Ridala_vallavalitsus, lk 21
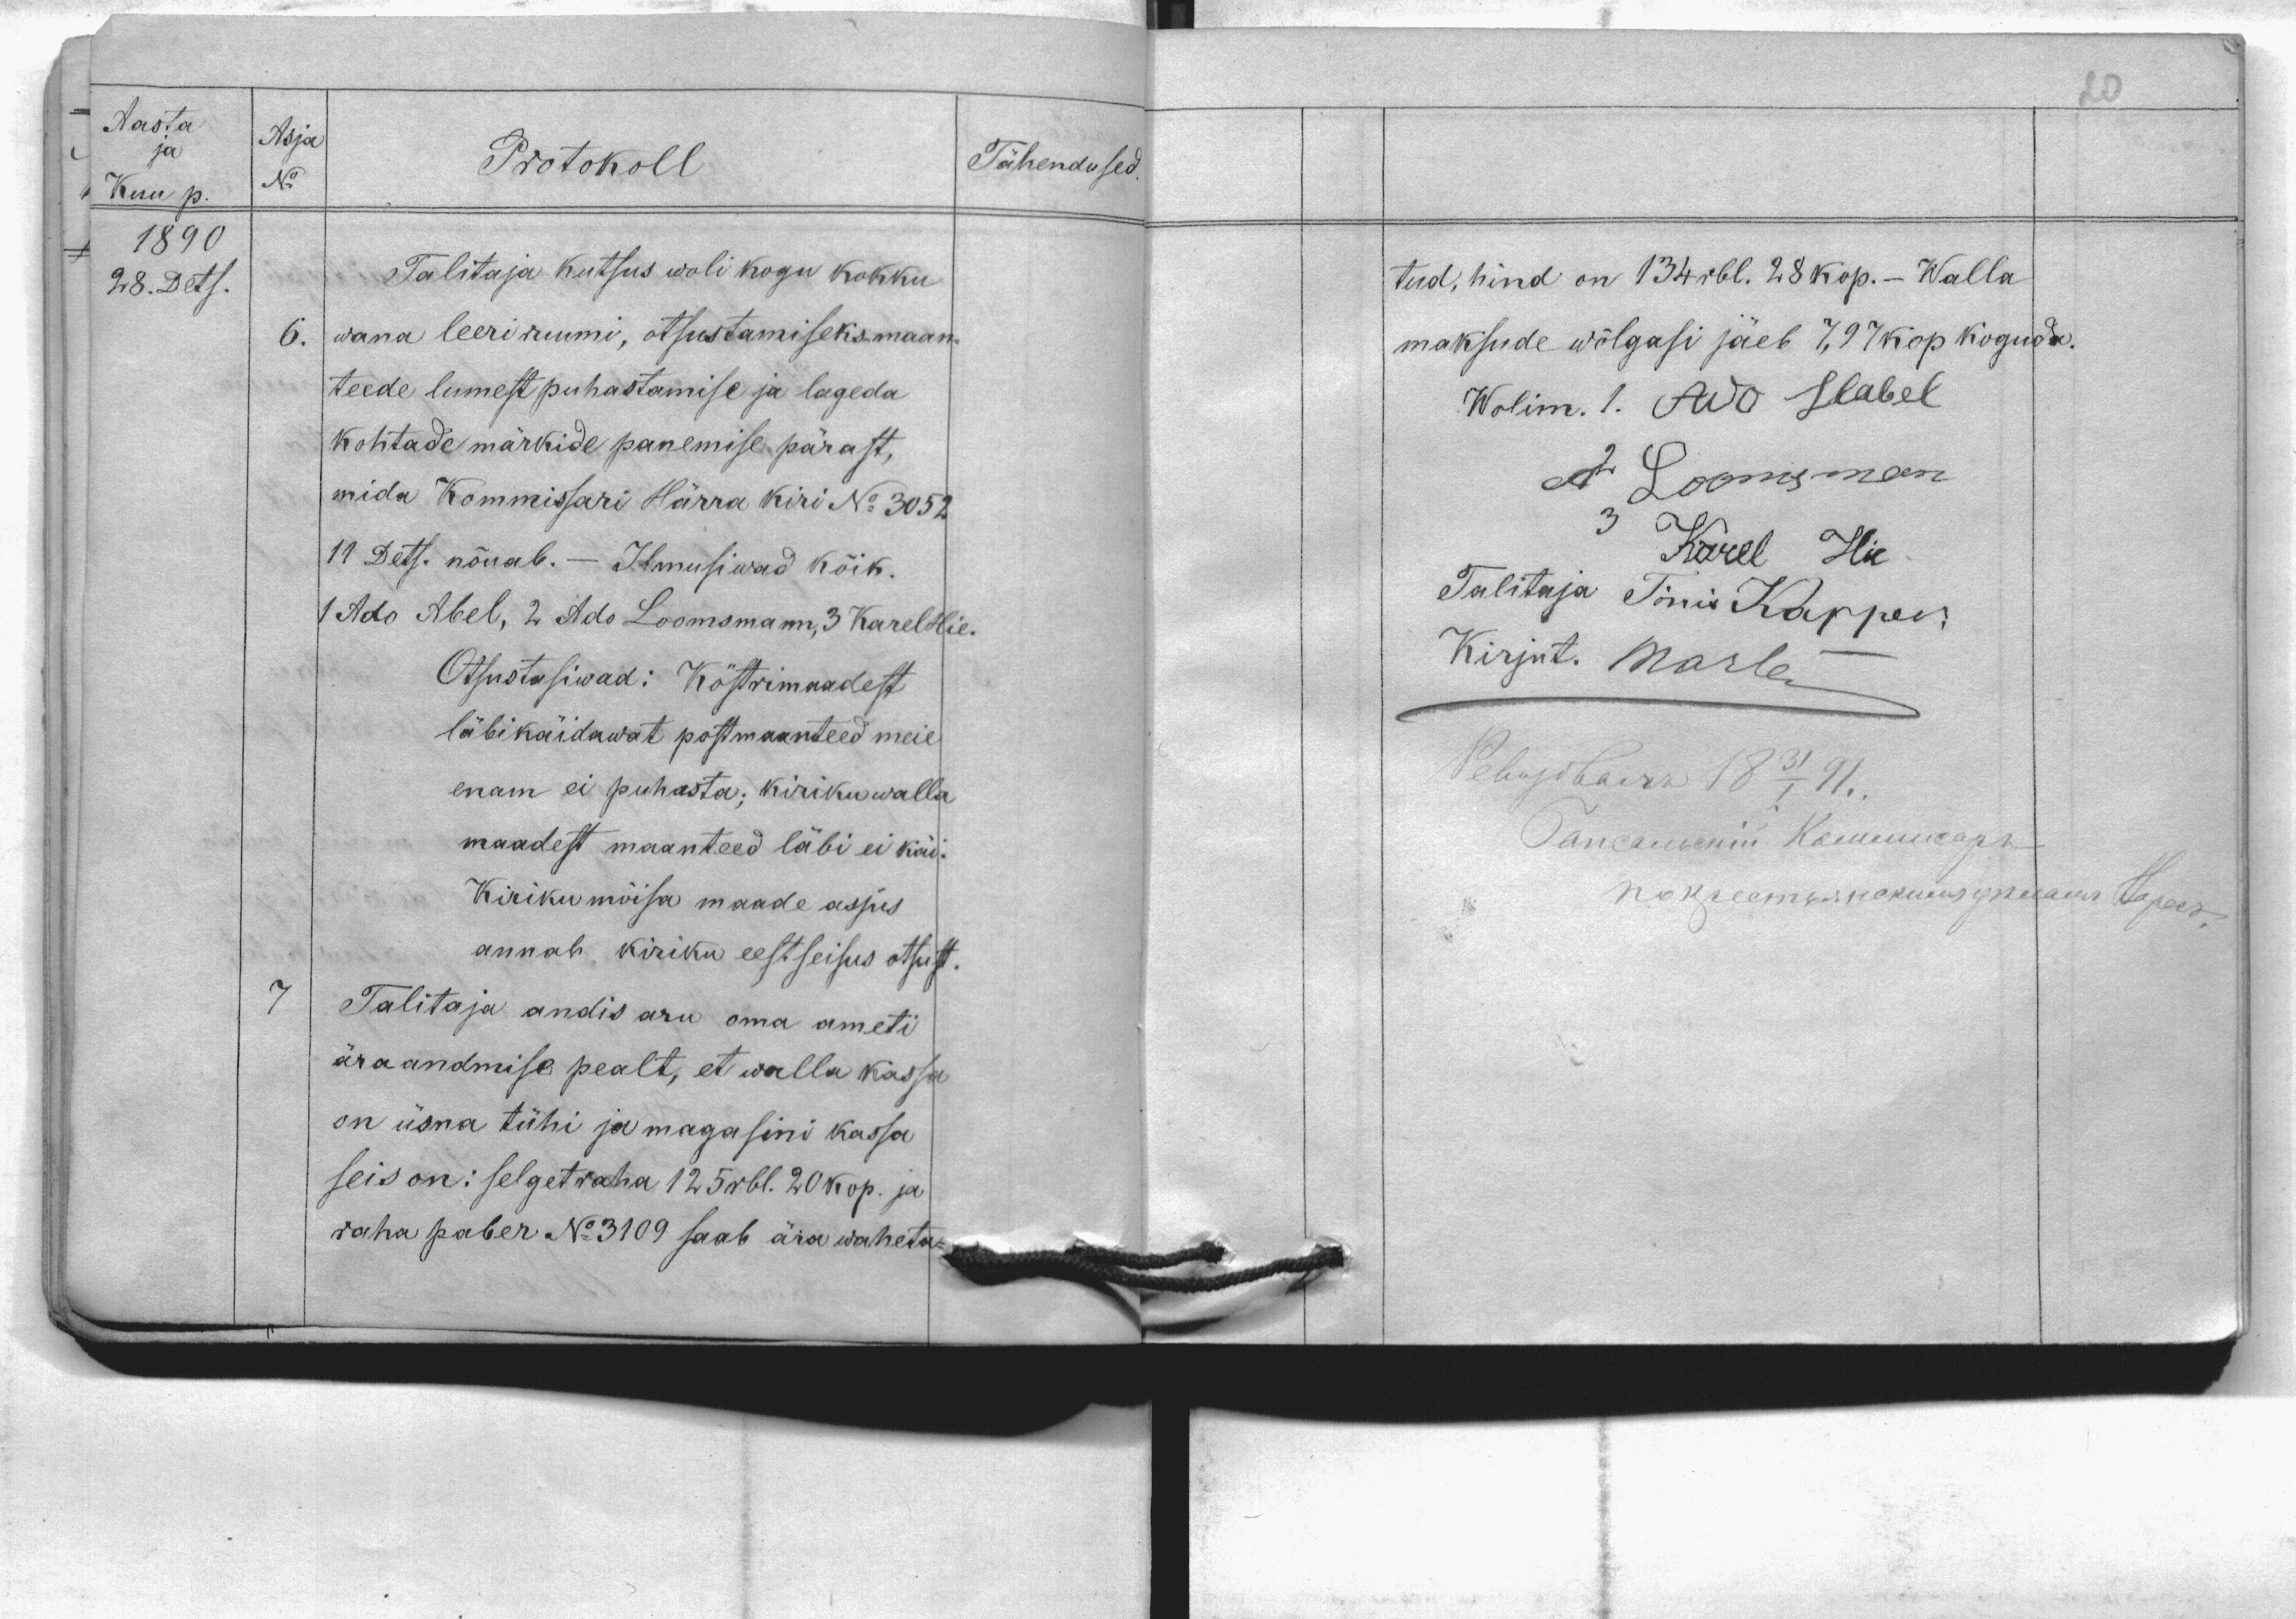
Aasta
ja
Kuu p.
1890
28. Dets.
Asja
Protokoll
No
Talitaja kutsus wolikogu kokku
6. wana leeri ruumi, ptsustamiseks maan-
teede lumest puhastamise ja lageda
kohtade märkide panemise pärast,
mida Komissari Härra kiri No 3052
11 Dets. nõuab. - Ilmusiwad kõik.
1 Ado Abel, 2 Ado Loomsmann, 3 Karel HIe.
Otsustasiwad: Köstrimaadest
läbikäidawat postmaanteed meie
enam ei puhasta; kirikuwalla
maadest maanteed läbi ei käi.
Kiriku mõisa maade asjus
annab kiriku eestseisus otsust.
7 Talitaja andis aru oma ameti
ära andmise pealt, et walla kassa
on üsna tühi ja magasini kassa
seis on: selget raha 125 rbl. 20 kop. ja
raha paber No 3109 saab ära waheta-
Tähendused.

tud, hind on 134 rbl. 28 kop. - Walla
maksude wõlgasi jäeb 7,97 kop koguda.
Wolim. 1. Ado Habel
A 2 Loomsman
3 Karel Hie
Talitaja Tõnis Kapper
Kirjut. Marten
Ревизовалъ 18 31/I 91.
Гапсальский Коммисарь
по крестянскимъ деламъ ?аресъ.